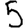
Digit: 5